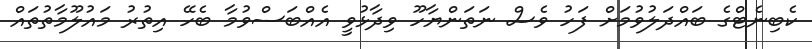
ކެބިނެޓްގެ ބައްދަލުވުމަށް ފަހު ވެސް ނަތަންޔާހޫ ވިދާޅުވީ އެއްބަސްވުމާ ބެހޭ އިތުރު މައުލޫމާތުތައް